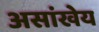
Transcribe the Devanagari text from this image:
असांखेय